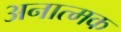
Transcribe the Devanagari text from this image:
अनात्मक